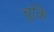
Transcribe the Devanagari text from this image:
चूंकि